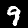
Label: 9